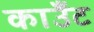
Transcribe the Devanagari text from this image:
काउँट